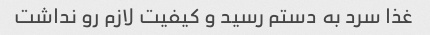
غذا سرد به دستم رسید و کیفیت لازم رو نداشت